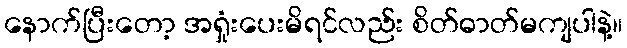
နောက်ပြီးတော့ အရှုံးပေးမိရင်လည်း စိတ်ဓာတ်မကျပါနဲ့။